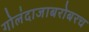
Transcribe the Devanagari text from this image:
गोलंदाजाबरोबरच